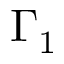
\Gamma _ { 1 }